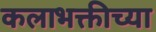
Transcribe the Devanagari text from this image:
कलाभक्तीच्या